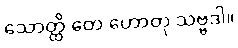
သောတ္ထိ တေ ဟောတု သဗ္ဗဒါ။